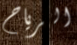
الرياح